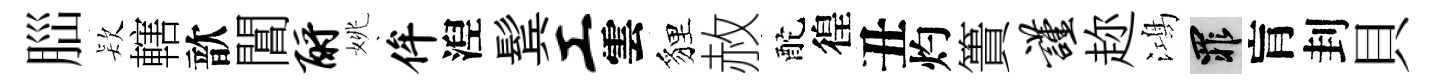
𦛁𣣇轄歆閶酹姚侔湼鬂工雲貍赦酡徨丑灼簣谨趂鴻罪肓刲貝